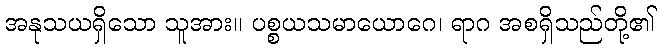
အနုသယရှိသော သူအား။ ပစ္စယသမာယောဂေ၊ ရာဂ အစရှိသည်တို့၏